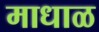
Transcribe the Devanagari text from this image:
माधाळ